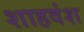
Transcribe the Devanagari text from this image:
शाहवंश